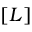
[ L ]